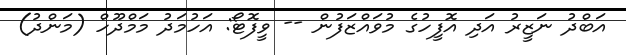
އަބްދު ނަޒީރު އަދި އޮފީހުގެ މުވައްޒަފުން -- ވީފޮޓޯ: އަހުމަދު މަމްދޫހް (މަންދު)